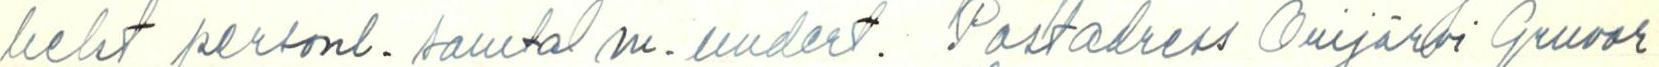
helet personl. samtal m. undert. Postadress Orijärvi Gruvor